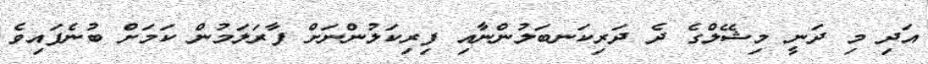
އަދި މި ދަނީ މިޝޭލްގެ ދެ ދަރިކަނބަލުންނާއި ފިރިކަލުންނަށް ފާރަލަމުން ކަމަށް ބުނެފައިވެ